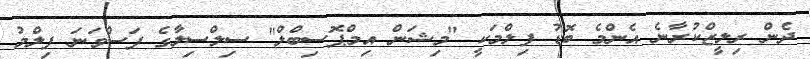
ދެން ރިލީޒްކުރާނެ އެންމެ ބޮޑު ފިލްމަކީ "މިޝަން އިމްޕޮސިބްލް" ސިލްސިލާގެ ފަސްވަނަ ފިލްމު